Jaan_Tonisson_(Lasteleht), lk 117
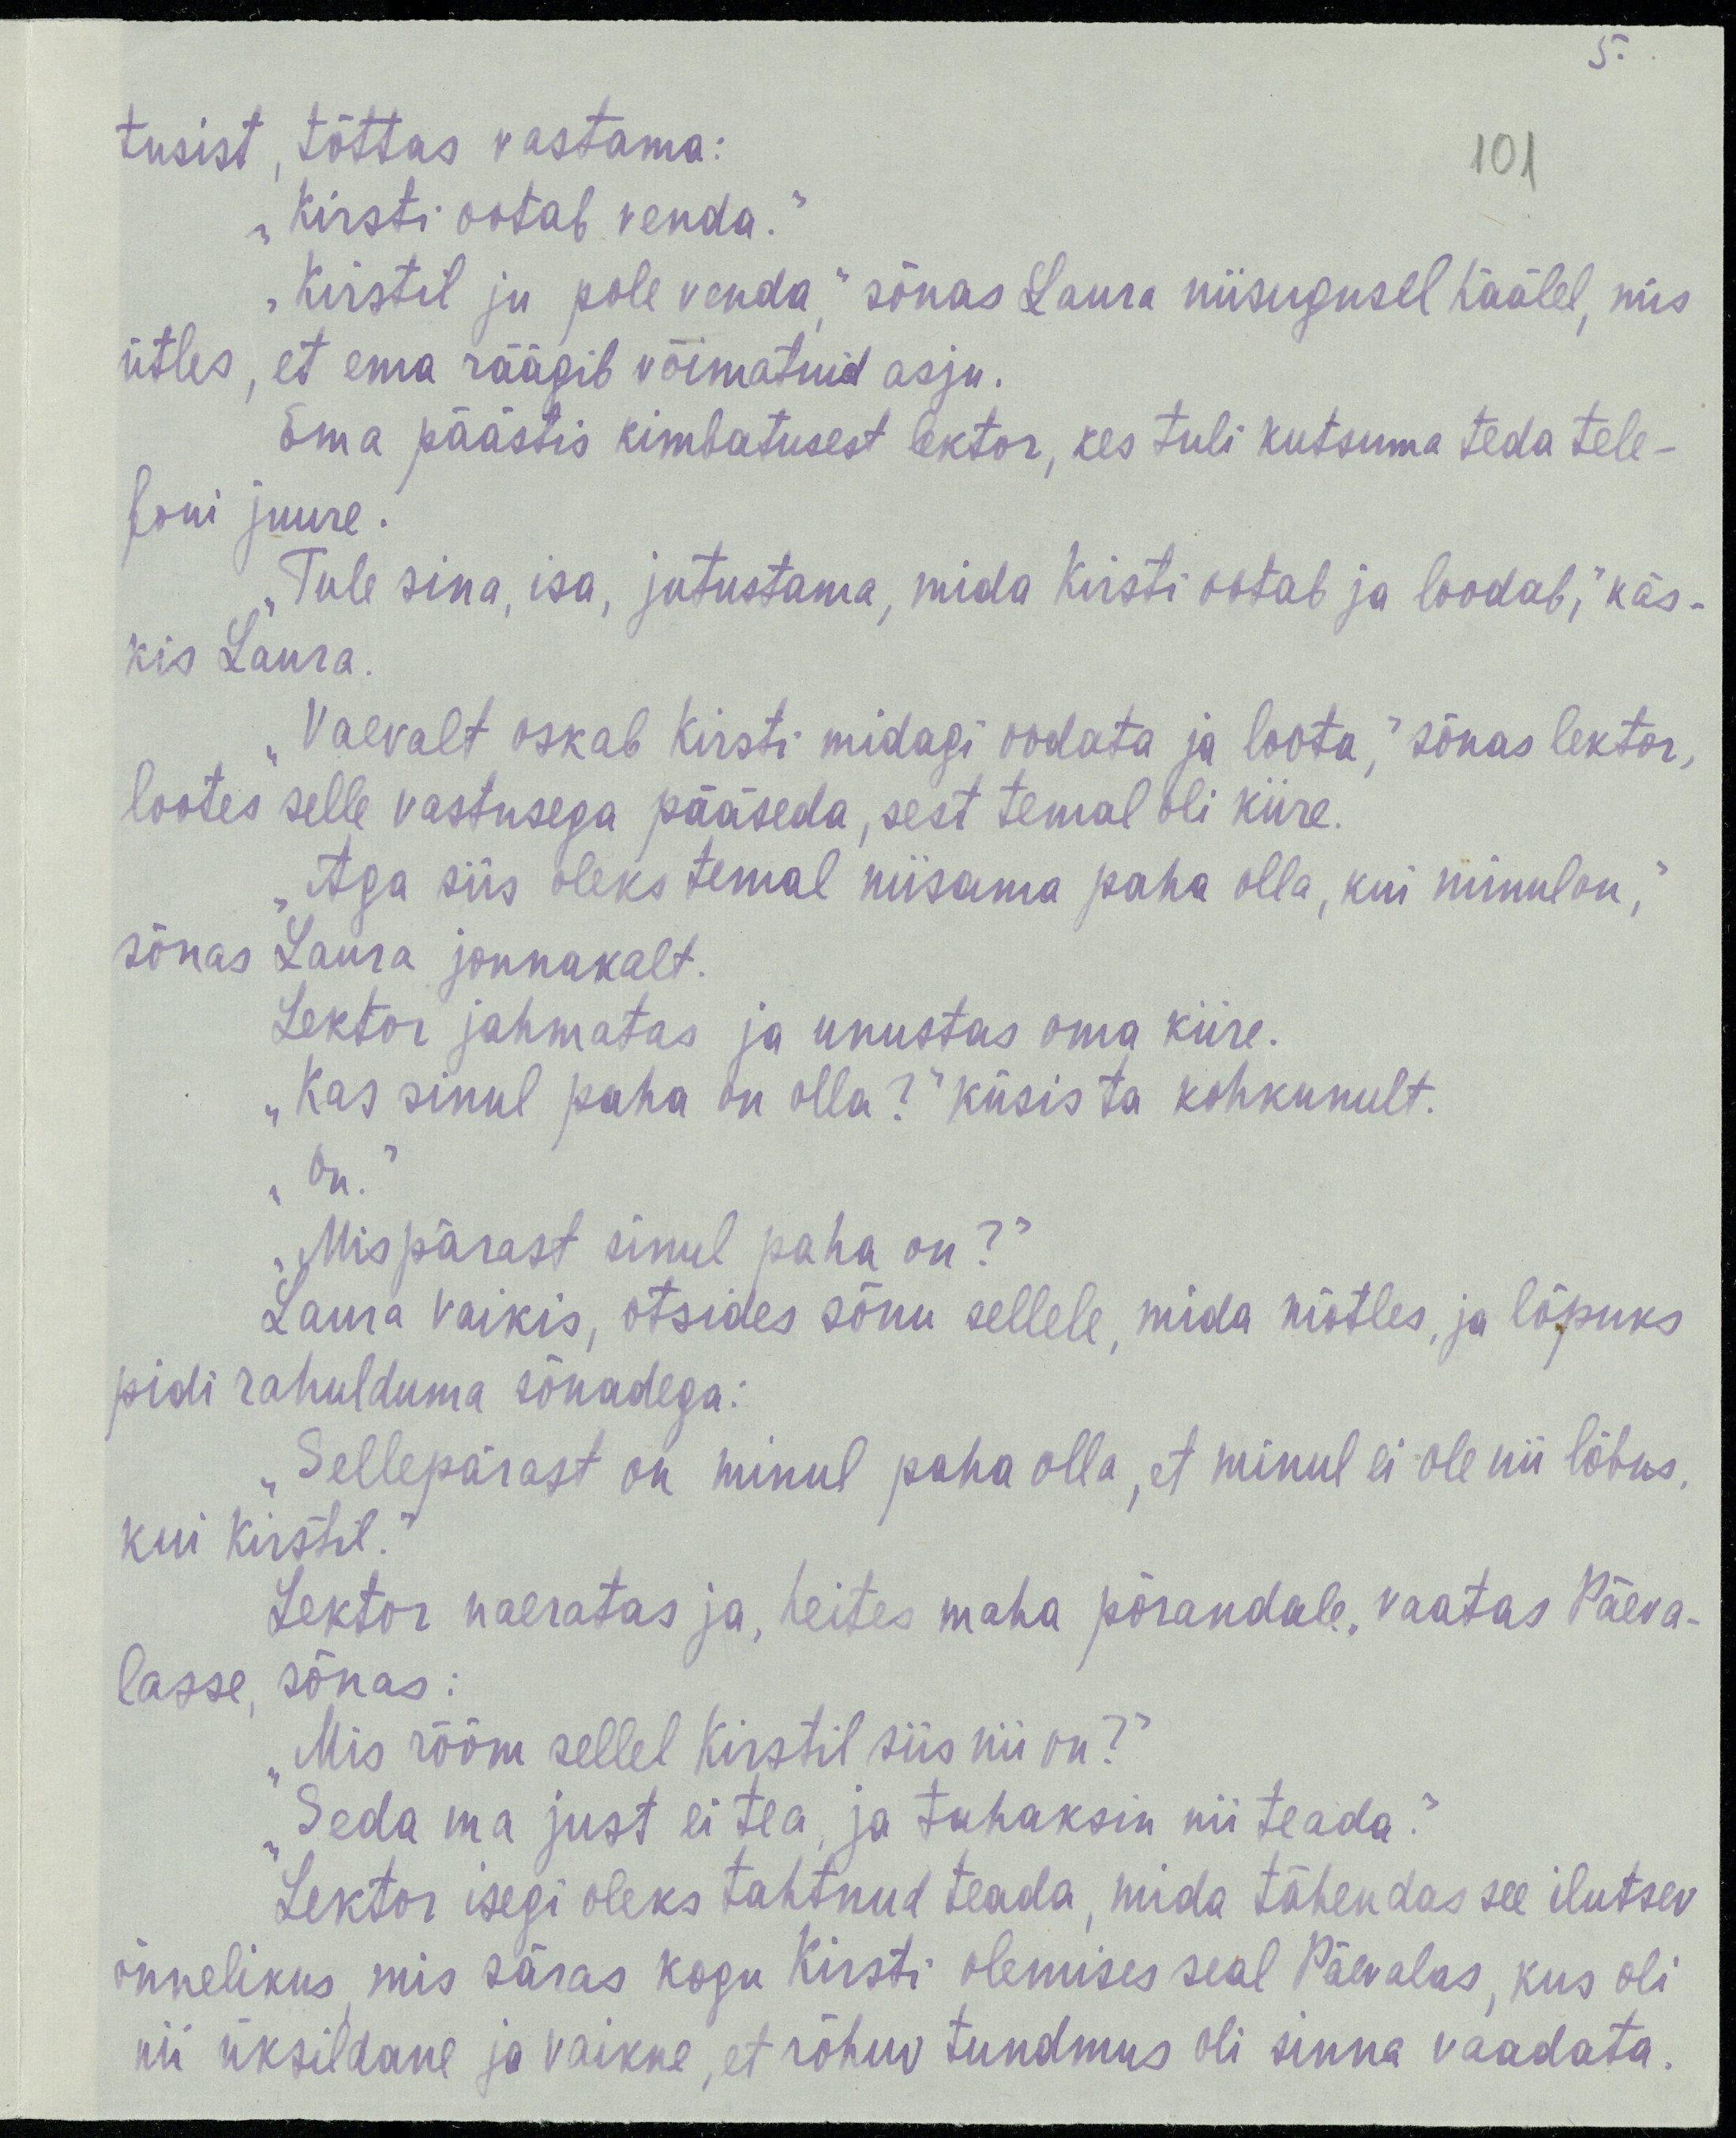
5.
101
tusist, tõttas vastama:
„Kirsti ootab venda.“
„Kirstil ju pole venda,“ sõnas Laura niisugusel häälel, mis
ütles, et ema räägib võimatuid asju.
Ema päästis kimbatusest lektor, kes tuli kutsuma teda tele-
foni juure.
„Tule sina, isa, jutustama, mida Kirsti ootab ja loodab,“ käs-
kis Laura.
„Vaevalt oskab Kirsti midagi oodata ja loota,“ sõnas lektor,
lootes selle vastusega pääseda, sest temal oli kiire.
„Aga siis oleks temal niisama paha olla, kui minul on,“
sõnas Laura jonnakalt.
Lektor jahmatas ja unustas oma kiire.
„Kas sinul paha on olla?“ küsis ta kohkunult.
„On.“
„Mis pärast sinul paha on?“
Laura vaikis, otsides sõnu sellele, mida mõtles, ja lõpuks
pidi rahulduma sõnadega:
„Sellepärast on minul paha olla, et minul ei ole nii lõbus,
kui Kirstil.“
Lektor naeratas ja, heites maha põrandale, vaatas Päeva-
lasse, sõnas:
„Mis rõõm sellel Kirstil siis nii on?“
„Seda ma just ei tea, ja tahaksin nii teada.“
Lektor isegi oleks tahtnud teada, mida tähendas see ilutsev
õnnelikus, mis säras kogu Kirsti olemises seal Päevalas, kus oli
nii üksildane ja vaikne, et rõhuv tundmus oli sinna vaadata.